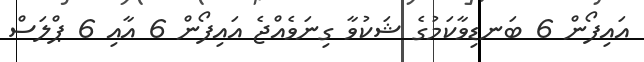
އައިފޯން 6 ބަނޑިވާކަަމުގެ ޝަކުވާ ގިނަވެއްޖެ އައިފޯން 6 އާއި 6 ޕްލަސް